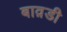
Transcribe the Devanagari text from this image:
बाव़डी